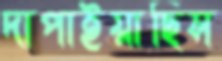
দাপাইয়াছিস